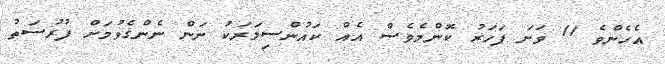
އެހެންވެ 11 ވަނަ ފަހަރު ކޮންމެވެސް އެއް ކައުންސިލަރަކު ނަން ނެންގެވުމަށް ފުރުސަތު